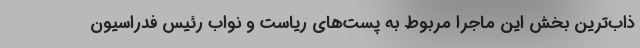
ذاب‌ترین بخش این ماجرا مربوط به پست‌های ریاست و نواب رئیس فدراسیون